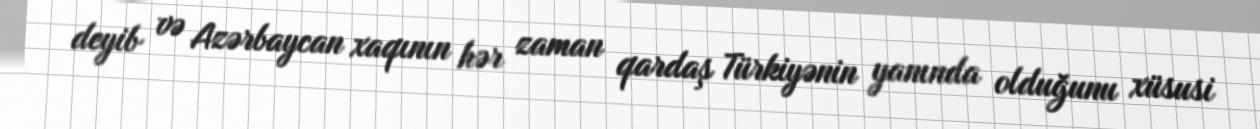
deyib və Azərbaycan xaqının hər zaman qardaş Türkiyənin yanında olduğunu xüsusi